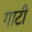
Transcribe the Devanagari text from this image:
गाटी